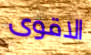
الاقوى